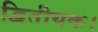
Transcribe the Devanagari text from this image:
द्वितीयक।